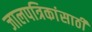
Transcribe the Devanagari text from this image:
जालपत्रिकांसाठी